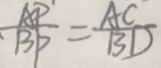
\frac { A P } { B P } = \frac { A C } { B D }